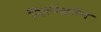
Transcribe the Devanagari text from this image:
निरपेक्षतेने